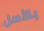
بالأصل